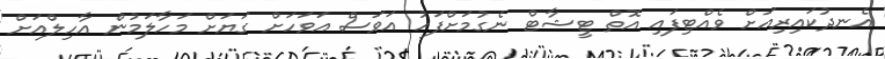
އެނދުކައިރިއަށް ވެއްޓިފައި އޮތް ޓީޝާޓް ނެގުމަށްފަހު އަވަސް އަވަހަށް ގަޔަށް މަހާލަމުން އާހިލްއަށް